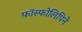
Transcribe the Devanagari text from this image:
फॉस्फोलिपिने